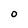
Character: 0